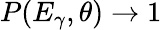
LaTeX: P(E_{\gamma},\theta)\rightarrow 1